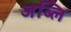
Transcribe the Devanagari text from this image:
जब्लि